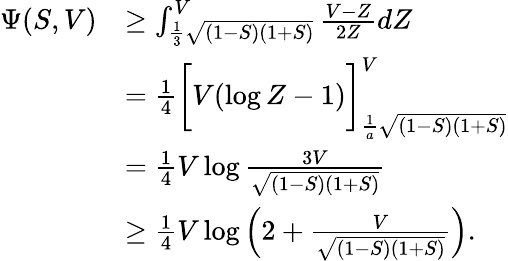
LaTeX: \begin{array}{rl}{\Psi(S,V)}&{\geq\int_{\frac{1}{3}\sqrt{(1-S)(1+S)}}^{V}\frac{V-Z}{2Z}dZ}\\ &{=\frac{1}{4}\bigg[V(\log Z-1)\bigg]_{\frac{1}{a}\sqrt{(1-S)(1+S)}}^{V}}\\ &{=\frac{1}{4}V\log\frac{3V}{\sqrt{(1-S)(1+S)}}}\\ &{\geq\frac{1}{4}V\log\left(2+\frac{V}{\sqrt{(1-S)(1+S)}}\right).}\end{array}